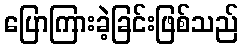
ပြောကြားခဲ့ခြင်းဖြစ်သည်